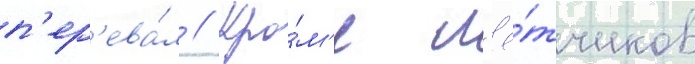
п'ер'ева́л // Кро́м'е л'ё́тчиков